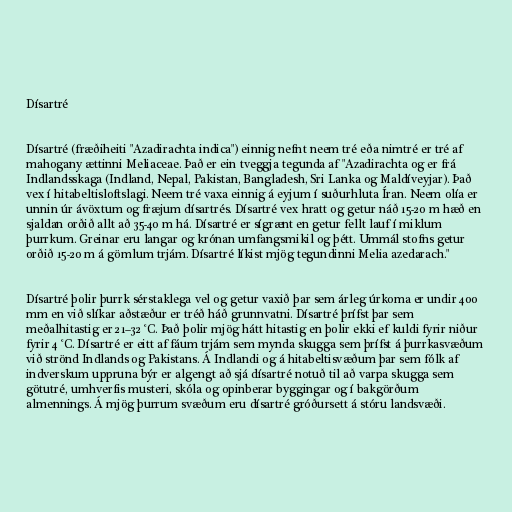
Dísartré

Dísartré (fræðiheiti "Azadirachta indica") einnig nefnt neem tré eða nimtré er tré af
mahogany ættinni Meliaceae. Það er ein tveggja tegunda af "Azadirachta og er frá
Indlandsskaga (Indland, Nepal, Pakistan, Bangladesh, Sri Lanka og Maldíveyjar). Það
vex í hitabeltisloftslagi. Neem tré vaxa einnig á eyjum í suðurhluta Íran. Neem olía er
unnin úr ávöxtum og fræjum dísartrés. Dísartré vex hratt og getur náð 15-20 m hæð en
sjaldan orðið allt að 35-40 m há. Dísartré er sígrænt en getur fellt lauf í miklum
þurrkum. Greinar eru langar og krónan umfangsmikil og þétt. Ummál stofns getur
orðið 15-20 m á gömlum trjám. Dísartré líkist mjög tegundinni Melia azedarach."

Dísartré þolir þurrk sérstaklega vel og getur vaxið þar sem árleg úrkoma er undir 400
mm en við slíkar aðstæður er tréð háð grunnvatni. Dísartré þrífst þar sem
meðalhitastig er 21–32 °C. Það þolir mjög hátt hitastig en þolir ekki ef kuldi fyrir niður
fyrir 4 °C. Dísartré er eitt af fáum trjám sem mynda skugga sem þrífst á þurrkasvæðum
við strönd Indlands og Pakistans. Á Indlandi og á hitabeltisvæðum þar sem fólk af
indverskum uppruna býr er algengt að sjá dísartré notuð til að varpa skugga sem
götutré, umhverfis musteri, skóla og opinberar byggingar og í bakgörðum
almennings. Á mjög þurrum svæðum eru dísartré gróðursett á stóru landsvæði.